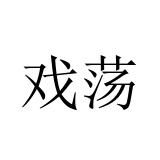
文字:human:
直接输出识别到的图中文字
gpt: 戏荡